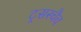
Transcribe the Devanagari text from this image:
ट्रसस्चैव